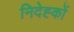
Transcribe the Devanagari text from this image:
निदेह्कों